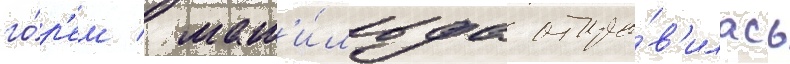
го́р'ем / мат'и́льда отпра́в'илась